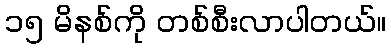
၁၅ မိနစ်ကို တစ်စီးလာပါတယ်။